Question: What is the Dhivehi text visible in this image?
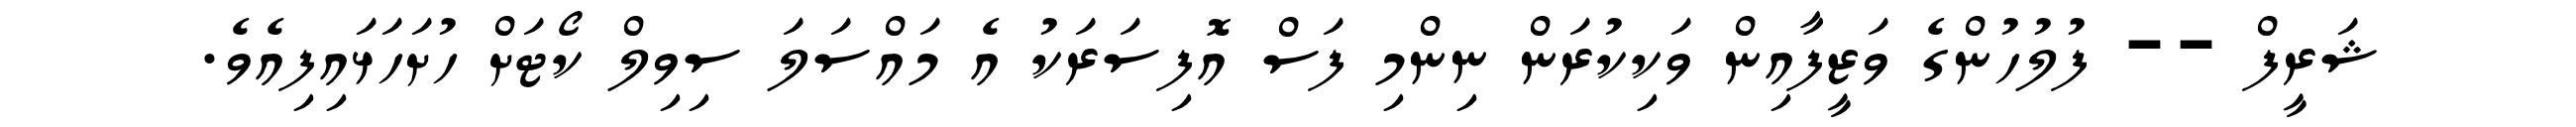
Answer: ޝަރީފް -- ފުލުހުންގެ ވަޒީފާއިން ވަކިކުރަން ނިންމި ފަސް އޮފިސަރަކު އެ މައްސަލަ ސިވިލް ކޯޓަށް ހުށަހަޅައިފިއެވެ.